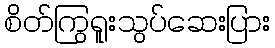
စိတ်ကြွရူးသွပ်ဆေးပြား